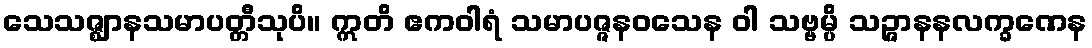
သေသဇ္ဈာနသမာပတ္တီသုပိ။ ဣတိ ဧကဝါရံ သမာပဇ္ဇနဝသေန ဝါ သဗ္ဗမ္ပိ သဉ္ဇာနနလက္ခဏေန